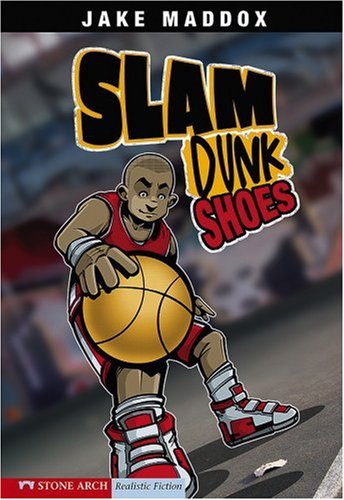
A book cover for Slam Dunk Shoes (Jake Maddox Sports Stories); Jake Maddox; Children's Books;